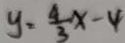
y = \frac { 4 } { 3 } x - 4